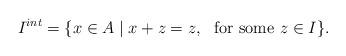
LaTeX: \begin{align*}I^{int}=\{x \in A \mid x+z=z, ~\textrm{ for some } z \in I\}. \end{align*}